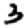
Digit: 3